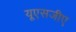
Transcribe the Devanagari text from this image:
यूएसजीए